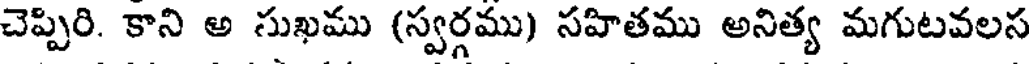
చెప్పిరి. కాని అ సుఖము (స్వర్గము) సహితము అనిత్య మగుటవలస